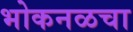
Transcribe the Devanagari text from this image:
भोकनळचा